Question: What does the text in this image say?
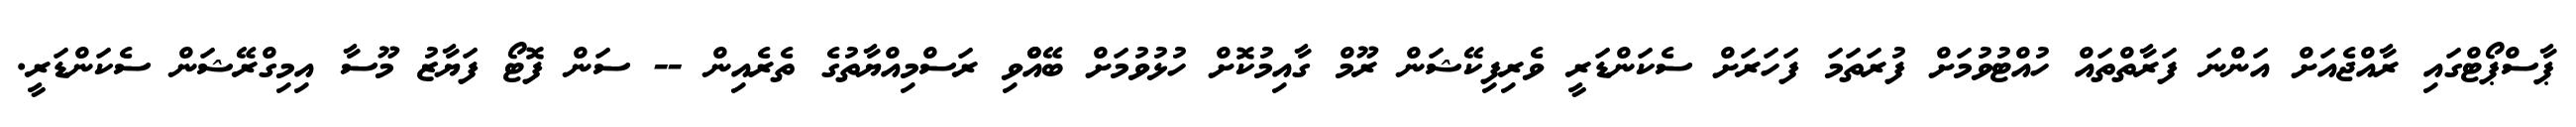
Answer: ޕާސްޕޯޓްގައި ރާއްޖެއަށް އަންނަ ފަރާތްތައް ހުއްޓުވުމަށް ފުރަތަމަ ފަހަރަށް ސެކަންޑަރީ ވެރިފިކޭޝަން ރޫމް ގާއިމުކޮށް ހުޅުވުމަށް ބޭއްްވި ރަސްމިއްޔާތުގެ ތެރެއިން -- ސަން ފޮޓޯ ފަޔާޒު މޫސާ އިމިގްރޭޝަން ސެކަންޑަރީ.